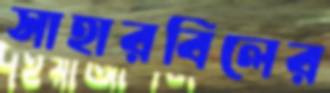
সাহারবিলের